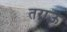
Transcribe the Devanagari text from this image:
तराऊ